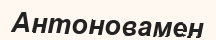
Антоновамен